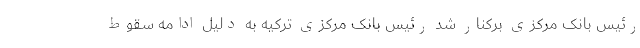
رئیس بانک مرکزی برکنار شد رئیس بانک مرکزی ترکیه به دلیل ادامه سقوط